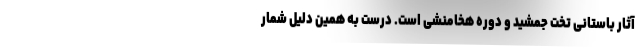
آثار باستانی تخت جمشید و دوره هخامنشی است. درست به همین دلیل شمار